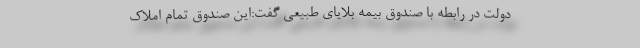
دولت در رابطه با صندوق بیمه بلایای طبیعی گفت:این صندوق تمام املاک